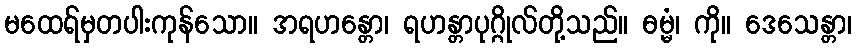
မထေရ်မှတပါးကုန်သော။ အရဟန္တော၊ ရဟန္တာပုဂ္ဂိုလ်တို့သည်။ ဓမ္မံ၊ ကို။ ဒေသေန္တာ၊